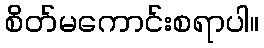
စိတ်မကောင်းစရာပါ။